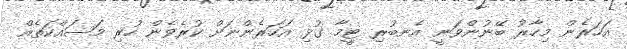
އަހަރެން މިހާރު ބޭނުންވަނީ އެނބުރި ޓީމާ ގުޅި އަހަރެންނަށް ކުރެވެން ހުރި މަސައްކަތެއް